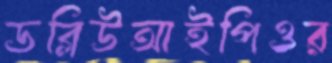
ডব্লিউআইপিওর